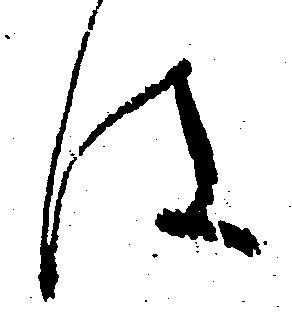
は